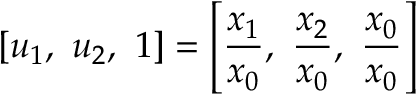
[ u _ { 1 } , \ u _ { 2 } , \ 1 ] = \left[ { \frac { x _ { 1 } } { x _ { 0 } } } , \ { \frac { x _ { 2 } } { x _ { 0 } } } , \ { \frac { x _ { 0 } } { x _ { 0 } } } \right]